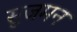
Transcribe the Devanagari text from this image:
सुजमन